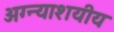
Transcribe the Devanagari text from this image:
अग्न्याशयीय